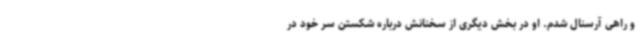
و راهی آرسنال شدم. او در بخش دیگری از سخنانش درباره شکستن سر خود در